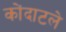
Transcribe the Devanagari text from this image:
कोंदाटले